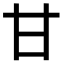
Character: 甘